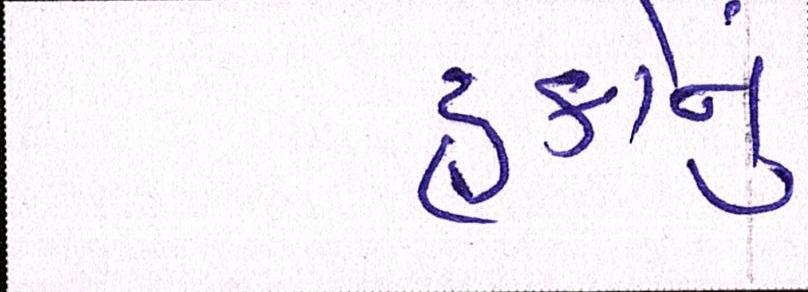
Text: હકોનું